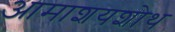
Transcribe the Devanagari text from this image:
आमाशयशोथ